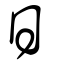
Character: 日